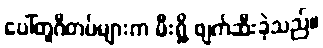
ပေါ်တူဂီတပ်များက မီးရှို့ ဖျက်ဆီးခဲ့သည်။